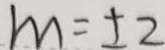
m = \pm 2